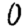
Digit: 0